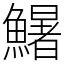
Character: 鱪